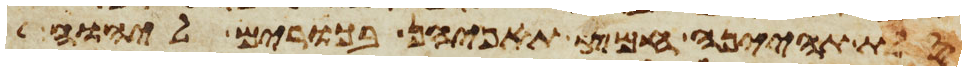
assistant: סלת תהינה חמץ תאפינה בכורים ליהוה